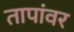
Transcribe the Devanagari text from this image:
तापांवर